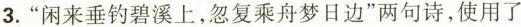
3.”闲来垂钓碧溪上，忽复乘舟梦日边”两句诗，使用了